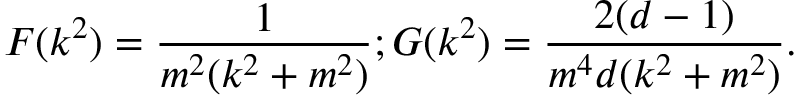
F ( k ^ { 2 } ) = \frac { 1 } { m ^ { 2 } ( k ^ { 2 } + m ^ { 2 } ) } ; G ( k ^ { 2 } ) = \frac { 2 ( d - 1 ) } { m ^ { 4 } d ( k ^ { 2 } + m ^ { 2 } ) } .